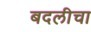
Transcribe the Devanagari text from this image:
बदलीचा